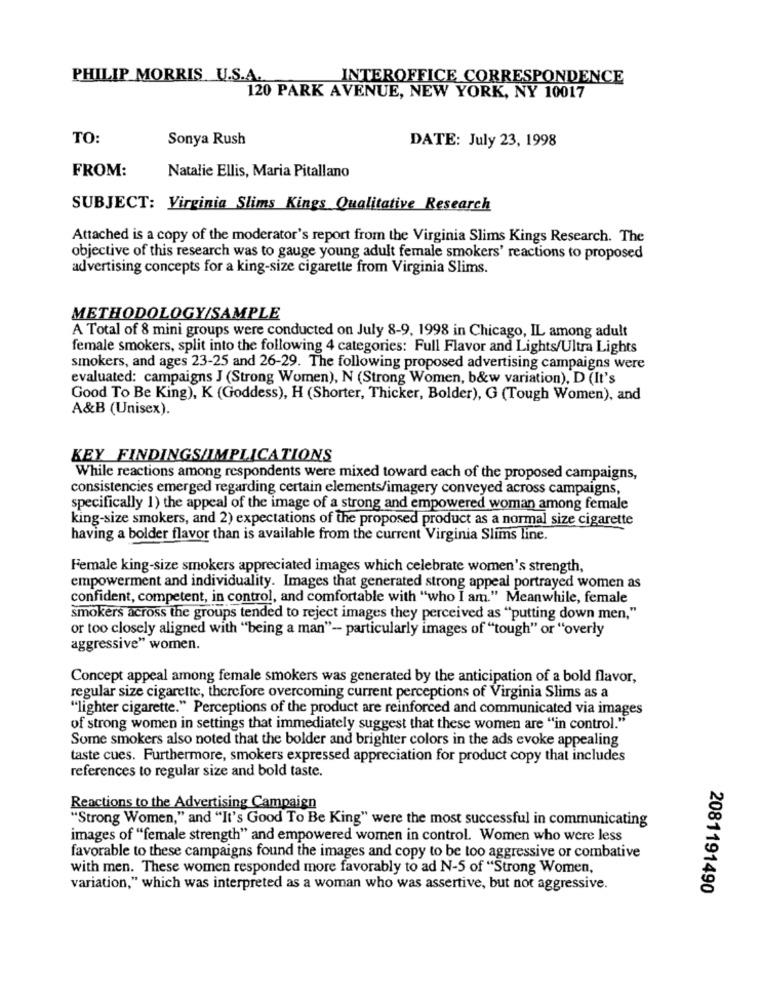
PHILIP MORRIS U.S.A.
INTEROFFICE CORRESPONDENCE
120 PARK AVENUE, NEW YORK, NY 10017
TO:
Sonya Rush
DATE: July 23, 1998
FROM:
Natalie Ellis, Maria Pitallano
SUBJECT: Virginia Slims Kings Qualitative Research
Attached is a copy of the moderator's report from the Virginia Slims Kings Research. The
objective of this research was to gauge young adult female smokers' reactions to proposed
advertising concepts for a king-size cigarette from Virginia Slims.
METHODOLOGY/SAMPLE
A Total of 8 mini groups were conducted on July 8-9, 1998 in Chicago, IL among adult
female smokers, split into the following 4 categories: Full Flavor and Lights/Ultra Lights
smokers, and ages 23-25 and 26-29. The following proposed advertising campaigns were
evaluated: campaigns J (Strong Women), N (Strong Women, b&w variation), D (It's
Good To Be King), K (Goddess), H (Shorter, Thicker, Bolder), G (Tough Women), and
A&B (Unisex).
KEY FINDINGS/IMPLICATIONS
While reactions among respondents were mixed toward each of the proposed campaigns,
consistencies emerged regarding certain elements/imagery conveyed across campaigns,
specifically 1) the appeal of the image of a strong and empowered woman among female
king-size smokers, and 2) expectations of the proposed product as a normal size cigarette
having a bolder flavor than is available from the current Virginia Slims line.
Female king-size smokers appreciated images which celebrate women's strength,
empowerment and individuality. Images that generated strong appeal portrayed women as
confident, competent, in control, and comfortable with "who I am." Meanwhile, female
smokers across the groups tended to reject images they perceived as "putting down men,"
or too closely aligned with "being a man" -- particularly images of "tough" or "overly
aggressive" women.
Concept appeal among female smokers was generated by the anticipation of a bold flavor,
regular size cigarette, therefore overcoming current perceptions of Virginia Slims as a
"lighter cigarette." Perceptions of the product are reinforced and communicated via images
of strong women in settings that immediately suggest that these women are "in control."
Some smokers also noted that the bolder and brighter colors in the ads evoke appealing
taste cues. Furthermore, smokers expressed appreciation for product copy that includes
references to regular size and bold taste.
Reactions to the Advertising Campaign
"Strong Women," and "It's Good To Be King" were the most successful in communicating
images of "female strength" and empowered women in control. Women who were less
favorable to these campaigns found the images and copy to be too aggressive or combative
with men. These women responded more favorably to ad N-5 of "Strong Women,
variation," which was interpreted as a woman who was assertive, but not aggressive.
2081191490